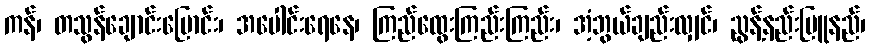
ကန်၊ တသွန်ချောင်းမြောင်း၊ အပေါင်းရေနေ၊ ကြည်ထွေးကြည်းကြည်း၊ အံ့ဘွယ်ချည်းလျှင်၊ ညွန့်နည်းမြူနည်၊